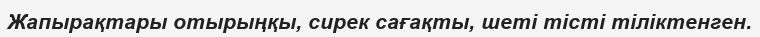
Жапырақтары отырыңқы, сирек сағақты, шеті тісті тіліктенген.